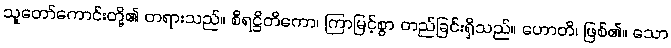
သူတော်ကောင်းတို့၏ တရားသည်။ စိရဋ္ဌိတိကော၊ ကြာမြင့်စွာ တည်ခြင်းရှိသည်။ ဟောတိ၊ ဖြစ်၏။ သော